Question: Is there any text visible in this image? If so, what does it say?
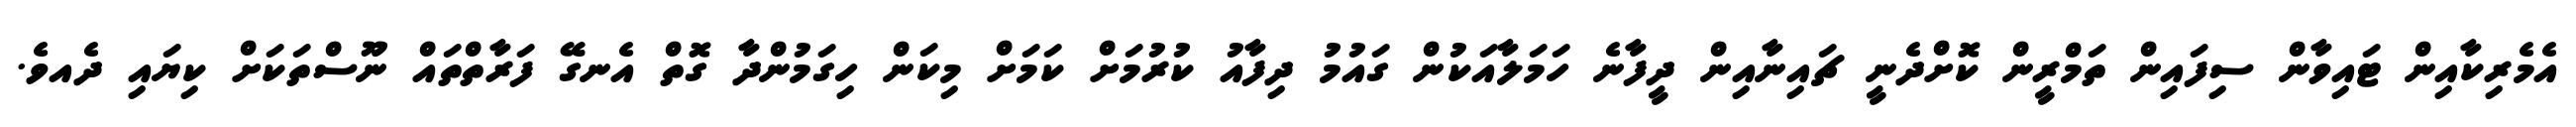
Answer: އެމެރިކާއިން ޓައިވާން ސިފައިން ތަމްރީން ކޮށްދެނީ ޗައިނާއިން ދީފާނެ ހަމަލާއަކުން ގައުމު ދިފާއު ކުރުމަށް ކަމަށް މިކަން ހިގަމުންދާ ގޮތް އެނގޭ ފަރާތްތައް ނޫސްތަކަށް ކިޔައި ދެއވެ.